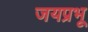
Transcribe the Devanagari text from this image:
जयप्रभू